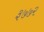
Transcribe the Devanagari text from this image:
३७७२